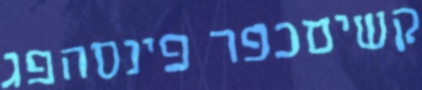
קשיםכפר פינסהפג